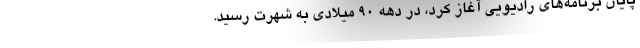
پایان برنامه‌های رادیویی آغاز کرد، در دهه ۹۰ میلادی به شهرت رسید.